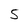
Character: 5